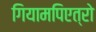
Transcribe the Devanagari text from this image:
गियामपिएत्रो